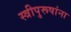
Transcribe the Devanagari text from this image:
स्त्रीपुरूषांना